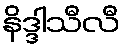
နိဒ္ဒါသီလီ